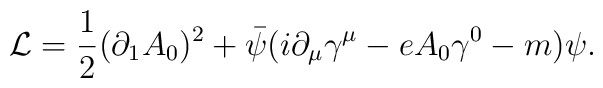
\mathcal{L}=\frac{1}{2} (\partial_1 A_0)^2 + \bar{\psi}(i \partial_{\mu}\gamma^{\mu}- e A_{0}\gamma^{0}- m)\psi.